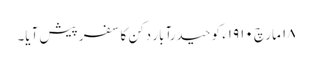
١٨ مارچ ١٩١٠ء کو حیدرآبار دکن کا سفر پیش آیا۔